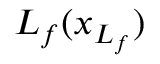
L _ { f } ( \ensuremath { \boldsymbol { { x } } } _ { L _ { f } } )